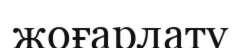
жоғарлату